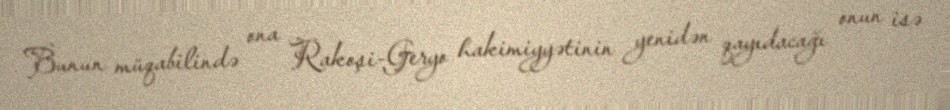
Bunun müqabilində ona Rakoşi-Geryo hakimiyyətinin yenidən qayıdacağı onun isə